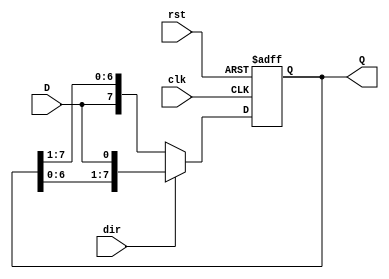
module ShiftRegister #(
    parameter N = 8  // Width of the shift register
)(
    input wire clk,         // Clock signal
    input wire rst,         // Reset signal
    input wire D,           // Data input
    input wire dir,         // Shift direction (1 = left, 0 = right)
    output reg [N-1:0] Q    // Data output
);

    always @(posedge clk or posedge rst) begin
        if (rst) begin
            Q <= {N{1'b0}};  // Reset the register to 0
        end else begin
            if (dir) begin
                // Shift left
                Q <= {Q[N-2:0], D};  // Shift left and input new data at LSB
            end else begin
                // Shift right
                Q <= {D, Q[N-1:1]};  // Shift right and input new data at MSB
            end
        end
    end

endmodule